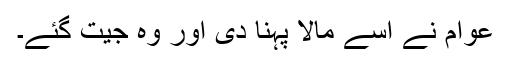
عوام نے اسے مالا پہنا دی اور وہ جیت گئے۔